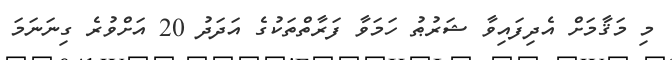
މި މަޤާމަށް އެދިފައިވާ ޝަރުޠު ހަމަވާ ފަރާތްތަކުގެ އަދަދު 20 އަށްވުރެ ގިނަނަމަ